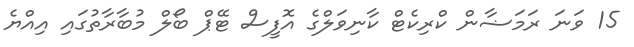
15 ވަނަ ރަމަޟާން ކްރިކެޓް ކާނިވަލްގެ އޮފީސް ޓޭޕް ބޯލް މުބާރާތުގައި އިއްޔެ